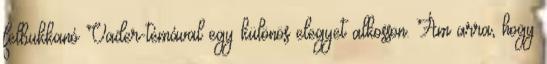
felbukkanó Vader-témával egy különös elegyet alkosson. Ám arra, hogy